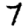
Digit: 7